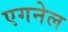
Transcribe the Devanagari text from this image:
एगनेल